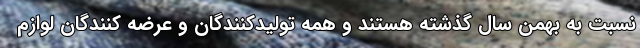
نسبت به بهمن سال گذشته هستند و همه تولیدکنندگان و عرضه کنندگان لوازم